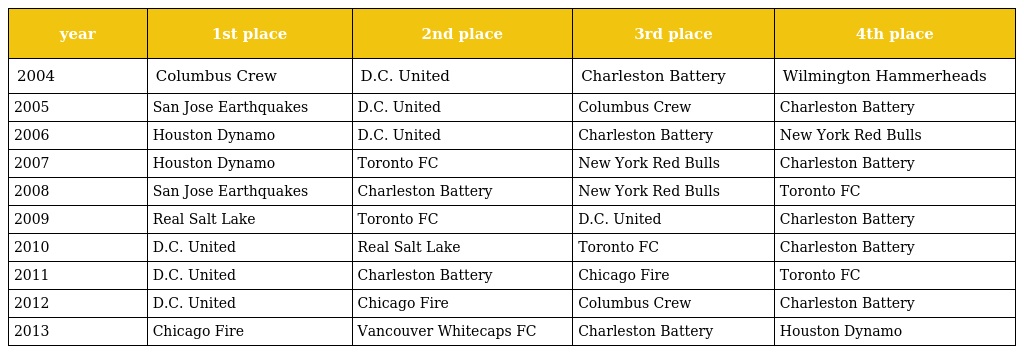
| year | 1st place | 2nd place | 3rd place | 4th place |
 | --- | --- | --- | --- | --- |
 | 2004 | Columbus Crew | D.C. United | Charleston Battery | Wilmington Hammerheads |
 | 2005 | San Jose Earthquakes | D.C. United | Columbus Crew | Charleston Battery |
 | 2006 | Houston Dynamo | D.C. United | Charleston Battery | New York Red Bulls |
 | 2007 | Houston Dynamo | Toronto FC | New York Red Bulls | Charleston Battery |
 | 2008 | San Jose Earthquakes | Charleston Battery | New York Red Bulls | Toronto FC |
 | 2009 | Real Salt Lake | Toronto FC | D.C. United | Charleston Battery |
 | 2010 | D.C. United | Real Salt Lake | Toronto FC | Charleston Battery |
 | 2011 | D.C. United | Charleston Battery | Chicago Fire | Toronto FC |
 | 2012 | D.C. United | Chicago Fire | Columbus Crew | Charleston Battery |
 | 2013 | Chicago Fire | Vancouver Whitecaps FC | Charleston Battery | Houston Dynamo |